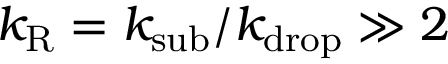
k _ { \mathrm { R } } = k _ { \mathrm { s u b } } / k _ { \mathrm { d r o p } } \gg 2